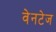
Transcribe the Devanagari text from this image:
वेनटेज